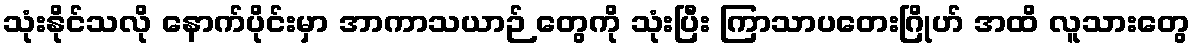
သုံးနိုင်သလို နောက်ပိုင်းမှာ အာကာသယာဉ် တွေကို သုံးပြီး ကြာသာပတေးဂြိုဟ် အထိ လူသားတွေ